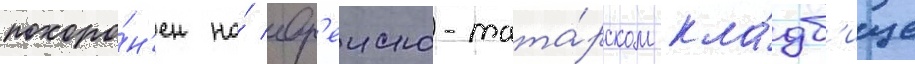
похоро́н'ен на́ евр'еиско-тата́рском кла́дб'ище